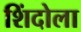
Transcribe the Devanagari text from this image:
शिंदोला